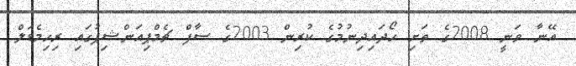
އޭނާ ވަނީ 2008ގެ ތަށި ހޯދައިދިނުމުގެ ކުރިން 2003ގެ ސާފް ޗެމްޕިއަންޝިޕުގައި ރިހިމެޑަލް